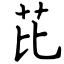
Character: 芘